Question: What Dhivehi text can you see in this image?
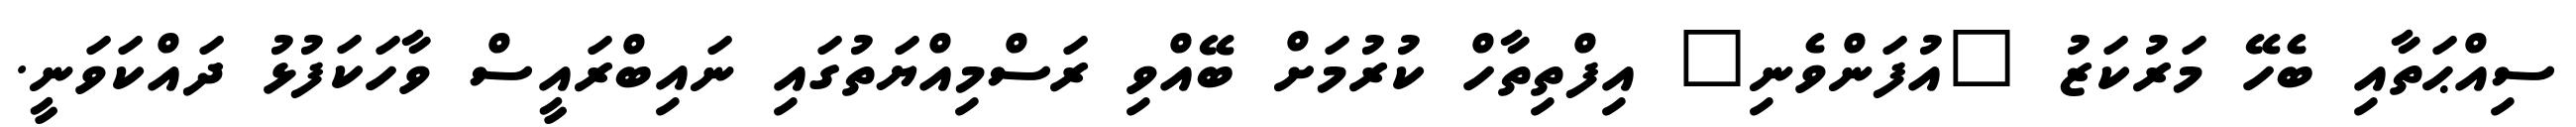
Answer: ސިއްޙަތާއި ބެހޭ މަރުކަޒު "އުފަންވެނި" އިފްތިތާހް ކުރުމަށް ބޭއްވި ރަސްމިއްޔަތުގައި ނައިބްރައީސް ވާހަކަފުޅު ދައްކަވަނީ.